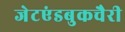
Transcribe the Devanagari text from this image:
जेटएंडबुकचैरी